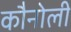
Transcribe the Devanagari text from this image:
कौनोली